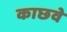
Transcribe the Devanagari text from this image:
काछवे